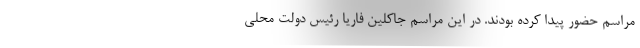
مراسم حضور پیدا کرده بودند. در این مراسم جاکلین فاریا رئیس دولت محلی